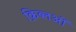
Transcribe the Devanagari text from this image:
क़िब्लओं